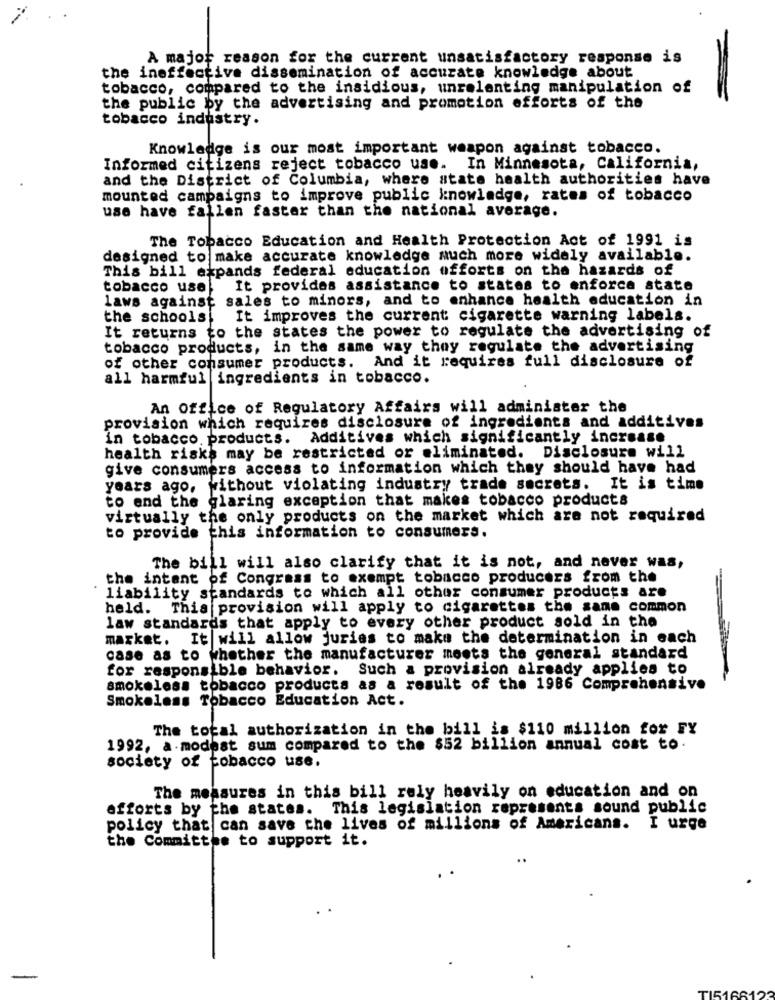
A major reason for the current unsatisfactory response is
the ineffective dissemination of accurate knowledge about
tobacco, compared to the insidious, unrelenting manipulation of
the public by the advertising and promotion efforts of the
tobacco industry.
Knowledge is our most important weapon against tobacco.
Informed citizens reject tobacco use. In Minnesota, California,
and the District of Columbia, where state health authorities have
mounted campaigns to improve public knowledge, rates of tobacco
use have fallen faster than the national average.
The Tobacco Education and Health Protection Act of 1991 is
designed to make accurate knowledge much more widely available.
This bill expands federal education offorts on the hazards of
tobacco use It provides assistance to states to enforce state
laws against sales to minors, and to enhance health education in
the schools!
It improves the current cigarette warning labels.
It returns to the states the power to regulate the advertising of
tobacco products, in the same way they regulate the advertising
of other consumer products. And it requires full disclosure of
all harmful ingredients in tobacco.
An Office of Regulatory Affairs will administer the
provision which requires disclosure of ingredients and additives
in tobacco. products. Additives which significantly increase
health risks may be restricted or eliminated. Disclosure will
give consumers access to information which they should have had
years ago, without violating industry trade secrets. It is time
to end the glaring exception that makes tobacco products
virtually the only products on the market which are not required
to provide this information to consumers.
The bill will also clarify that it is not, and never was,
the intent of Congress to exempt tobacco producers from the
liability standards to which all other consumer products are
held. This provision will apply to cigarettes the same common
law standards that apply to every other product sold in the
market. It will allow juries to make the determination in each
case as to whether the manufacturer meets the general standard
for responsible behavior. Such a provision already applies to
smokeless tobacco products as a result of the 1986 Comprehensive
Smokeless Tobacco Education Act.
The total authorization in the bill is $110 million for FY
1992, a modest sum compared to the $52 billion annual cost to.
society of tobacco use.
The measures in this bill rely heavily on education and on
efforts by the states.
This legislation represents sound public
policy that can save the lives of millions of Americans. I urge
the Committee to support it.